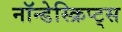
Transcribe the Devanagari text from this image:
नॉन्डेस्क्रिप्ट्स